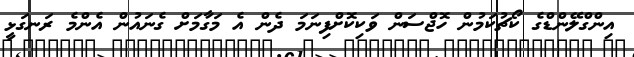
އިންގްލޭންޑްގެ ކޯޗުކަމުން ހޮޖްސަން ވަކިކޮށްފިނަމަ ދެން އެ މަގާމަށް ގެނައުން އެންމެ ރަނގަޅީ